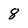
Character: 8